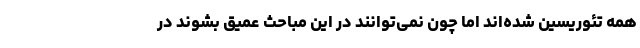
همه تئوریسین شده‌اند اما چون نمی‌توانند در این مباحث عمیق بشوند در